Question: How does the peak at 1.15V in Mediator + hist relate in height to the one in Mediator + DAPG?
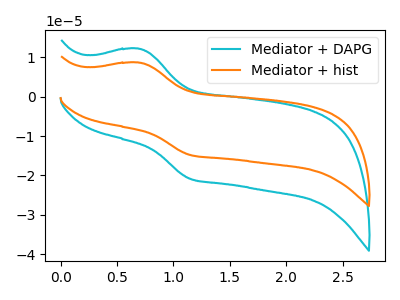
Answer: <think>The cyan curve "Mediator + DAPG" has an anodic peak at (0.70V, 12.15uA) and a cathodic peak at (1.15V, -20.85uA). The orange curve "Mediator + hist" has an anodic peak at (0.70V, 8.65uA) and a cathodic peak at (1.15V, -14.80uA).</think>
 <answer>The peak at 1.15V is lower in "Mediator + hist" than in "Mediator + DAPG".</answer>
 <eval>lower</eval>